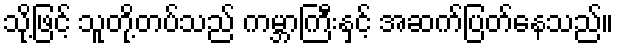
သို့ဖြင့် သူတို့တပ်သည် ကမ္ဘာကြီးနှင့် အဆက်ပြတ်နေသည်။